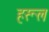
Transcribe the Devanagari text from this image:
हरूल